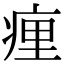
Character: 㾖